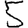
Digit: 5